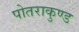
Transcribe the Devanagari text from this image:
पोतराकुण्ड